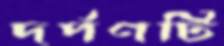
দর্পণটি